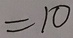
= 1 0